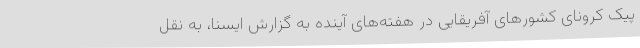
پیک کرونای کشورهای آفریقایی در هفته‌های آینده به گزارش ایسنا، به نقل